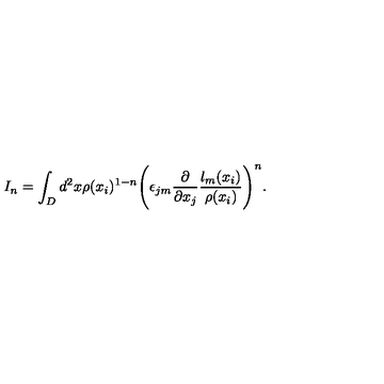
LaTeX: I _ { n } = \int _ { D } d ^ { 2 } x \rho ( x _ { i } ) ^ { 1 - n } \Biggl ( \epsilon _ { j m } \frac { \partial } { \partial x _ { j } } \frac { l _ { m } ( x _ { i } ) } { \rho ( x _ { i } ) } \Biggr ) ^ { n } .